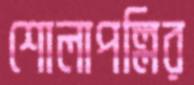
শোলাপল্লির